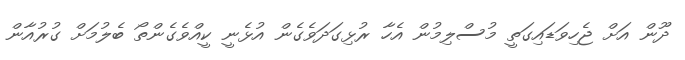
ދޫން އަށް ޖެހިވަޑައިގަތީ މުސްލިމުން އެހާ ރުޅިގަދަވެގެން އުޅެނީ ކީއްވެގެންތޯ ބެލުމަށް ގުރުއާން